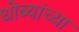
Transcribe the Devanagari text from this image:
धोब्यांच्या